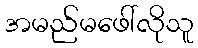
အမည်မဖေါ်လိုသူ